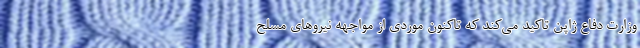
وزارت دفاع ژاپن تاکید می‌کند که تاکنون موردی از مواجهه نیروهای مسلح